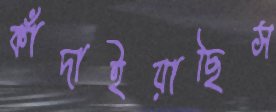
কাঁদাইয়াছিস